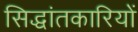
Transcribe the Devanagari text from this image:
सिद्धांतकारियों